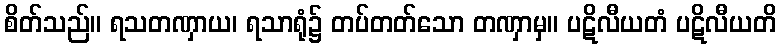
စိတ်သည်။ ရသတဏှာယ၊ ရသာရုံ၌ တပ်တတ်သော တဏှာမှ။ ပဋိလီယတံ ပဋိလီယတိ